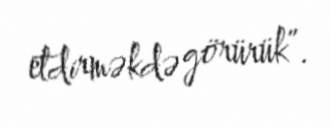
etdirməkdə görürük”.